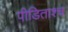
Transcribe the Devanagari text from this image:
पीडिताश्च